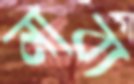
নাব্য